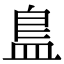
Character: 𥁬